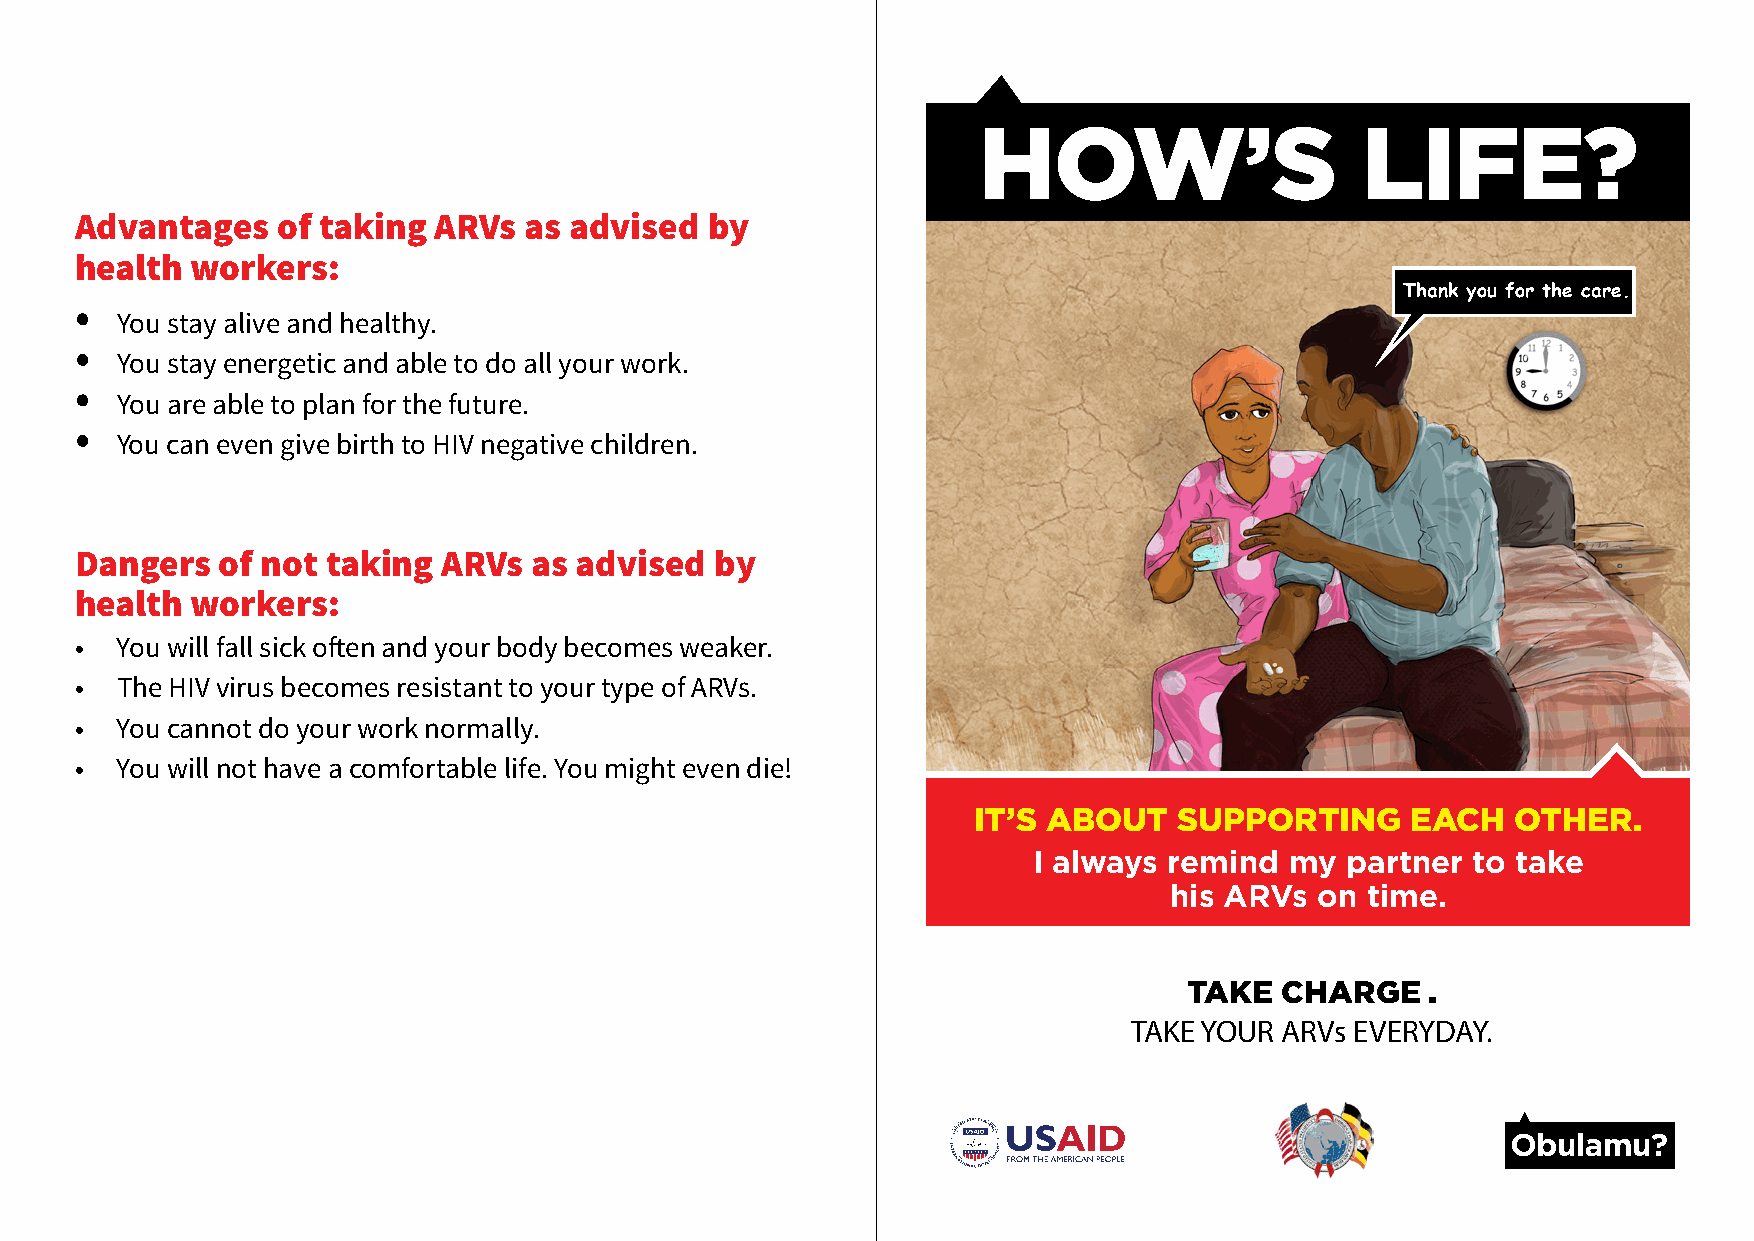
HOw’S                    LIfE?
 Advantages   of taking  ARVs  as advised  by
 health  workers:
 Thank you for the care.
 •
 You stay alive and healthy.
 •
 You stay energetic and able to do all your work.
 •
 You are able to plan for the future.
 •
 You can even give birth to HIV negative children.
 Dangers   of not taking ARVs  as advised  by
 health  workers:
 •  You will fall sick often and your body becomes weaker.
 •  The HIV virus becomes resistant to your type of ARVs.
 •  You cannot do your work normally.
 •  You will not have a comfortable life. You might even die!
 IT’S ABOUT    SUPPORTING     EACH   OTHER.
 I always remind  my  partner to take
 his ARVs  on time.
 TAKE  CHARGE    .
 TAKE YOUR ARVs EVERYDAY.